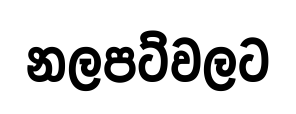
නලපට්වලට